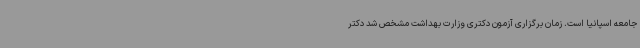
جامعه اسپانیا است. زمان برگزاری آزمون دکتری وزارت بهداشت مشخص شد دکتر